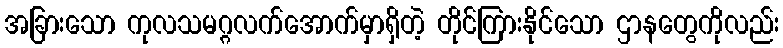
အခြားသော ကုလသမဂ္ဂလက်အောက်မှာရှိတဲ့ တိုင်ကြားနိုင်သော ဌာနတွေကိုလည်း